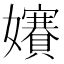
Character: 𡤐